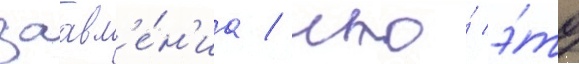
заавл'е́н'иа / что́ э́то